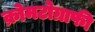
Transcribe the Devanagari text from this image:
क्रोमटोग्राफी